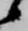
候